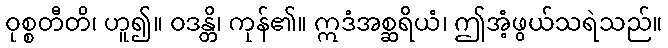
ဝုစ္စတီတိ၊ ဟူ၍။ ဝဒန္တိ၊ ကုန်၏။ ဣဒံအစ္ဆရိယံ၊ ဤအံ့ဖွယ်သရဲသည်။